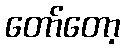
တော်တော့